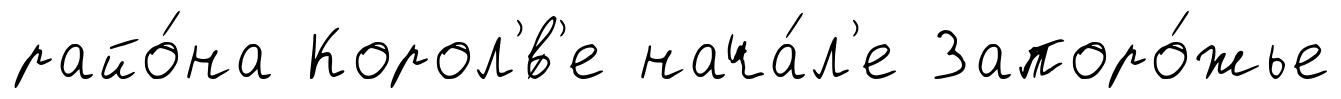
райо́на Корол'́в'е нача́л'е Запоро́жье